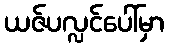
ယဇ်ပလ္လင်ပေါ်မှာ